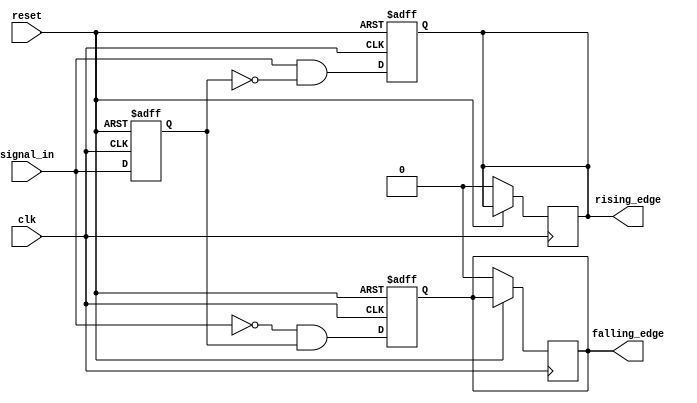
module dual_edge_detector (
    input wire clk,            // Clock signal
    input wire reset,          // Asynchronous reset signal
    input wire signal_in,      // Input signal to detect edges
    output reg rising_edge,    // Output pulse for rising edge detection
    output reg falling_edge     // Output pulse for falling edge detection
);

    // Memory block to store the previous state of the input signal
    reg previous_state;

    // Always block to capture the previous state and detect edges
    always @(posedge clk or posedge reset) begin
        if (reset) begin
            previous_state <= 1'b0; // Reset previous state
            rising_edge <= 1'b0;     // Reset rising edge output
            falling_edge <= 1'b0;    // Reset falling edge output
        end else begin
            // Edge detection logic
            rising_edge <= (signal_in && !previous_state); // Rising edge detected
            falling_edge <= (!signal_in && previous_state); // Falling edge detected
            
            // Update previous state
            previous_state <= signal_in;
        end
    end

    // Always block to reset the edge outputs after one clock cycle
    always @(posedge clk) begin
        if (!reset) begin
            // Reset outputs after one clock cycle
            rising_edge <= 1'b0; 
            falling_edge <= 1'b0; 
        end
    end

endmodule